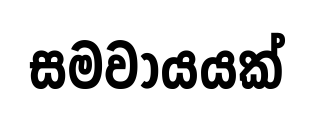
සමවායයක්